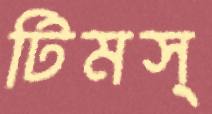
টিমস্